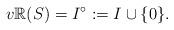
LaTeX: \begin{align*}v\mathbb{R}(S) = I^\circ :=I \cup \{0\}.\end{align*}